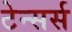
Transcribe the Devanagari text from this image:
टेन्सर्स